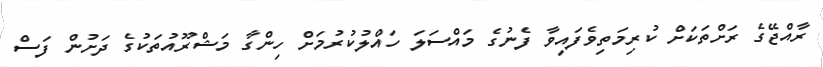
ރާއްޖޭގެ ރަށްތަކަށް ކުރިމަތިވެފައިވާ ފެނުގެ މައްސަލަ ހައްލުކުރުމަށް ހިންގާ މަޝްރޫއުތަކުގެ ދަށުން ފަސް